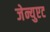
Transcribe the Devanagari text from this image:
जेन्युएट